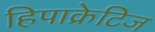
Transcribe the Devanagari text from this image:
हिपाक्रेटिज